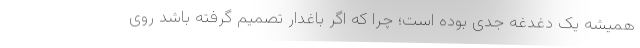
همیشه یک دغدغه جدی بوده است؛ چرا که اگر باغدار تصمیم گرفته باشد روی